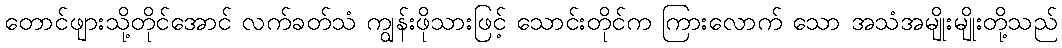
တောင်ဖျားသို့တိုင်အောင် လက်ခတ်သံ ကျွန်းဖိုသားဖြင့် သောင်းတိုင်က ကြားလောက် သော အသံအမျိုးမျိုးတို့သည်